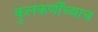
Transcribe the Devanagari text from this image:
कुलकर्णींच्याच